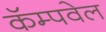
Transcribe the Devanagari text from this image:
कॅम्पवेल